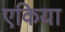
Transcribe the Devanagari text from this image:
एकिया